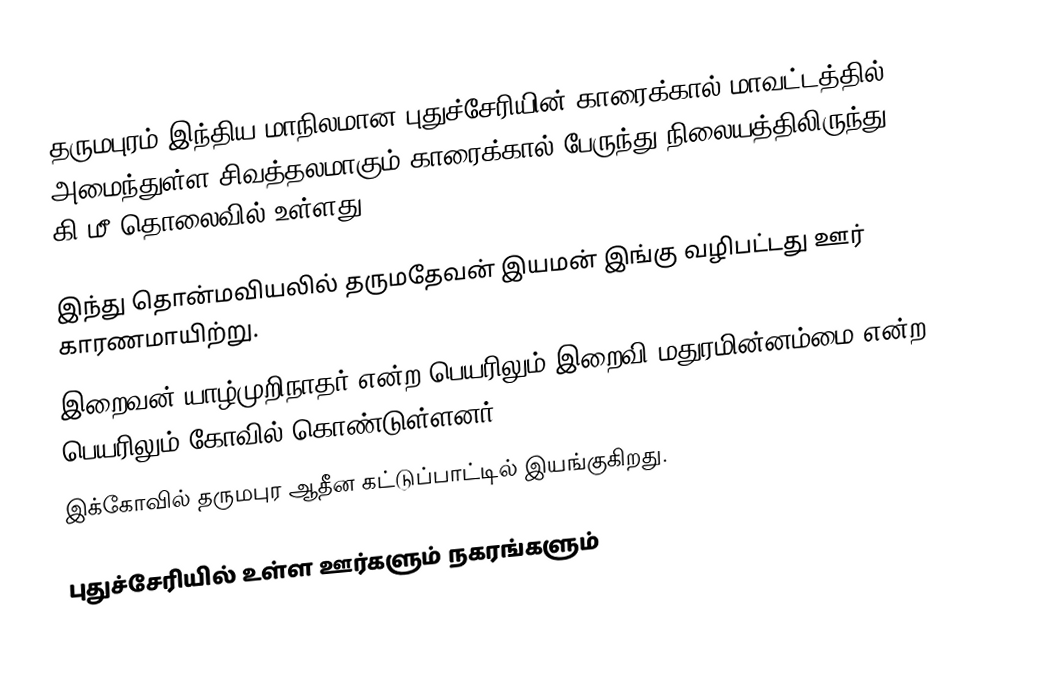
தருமபுரம் இந்திய மாநிலமான புதுச்சேரியின் காரைக்கால் மாவட்டத்தில் அமைந்துள்ள சிவத்தலமாகும்.காரைக்கால் பேருந்து நிலையத்திலிருந்து 4 கி.மீ தொலைவில் உள்ளது.

இந்து தொன்மவியலில் தருமதேவன் இயமன் இங்கு வழிபட்டது ஊர் காரணமாயிற்று.
இறைவன் யாழ்முறிநாதர் என்ற பெயரிலும் இறைவி மதுரமின்னம்மை என்ற பெயரிலும் கோவில் கொண்டுள்ளனர்.
இக்கோவில் தருமபுர ஆதீன கட்டுப்பாட்டில் இயங்குகிறது.

புதுச்சேரியில் உள்ள ஊர்களும் நகரங்களும்